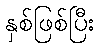
နှစ်ဖြစ်ပြီး